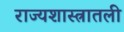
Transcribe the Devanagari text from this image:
राज्यशास्त्रातली